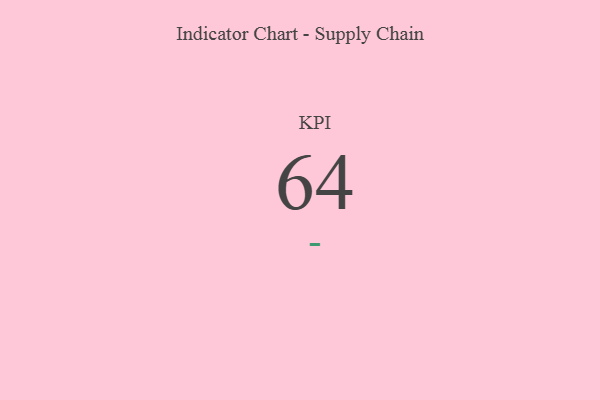
{"axis": {"x": "KPI", "y": "Value"}, "legend": [""], "data": [{"x": "KPI", "y": 64, "type": ""}]}